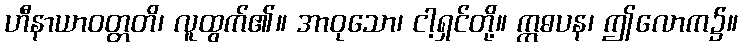
ဟီနာယာဝတ္တတိ၊ လူထွက်၏။ အာဝုသော၊ ငါ့ရှင်တို့။ ဣဓပန၊ ဤလောက၌။